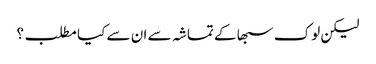
لیکن لوک سبھا کے تماشہ سے ان سے کیا مطلب؟